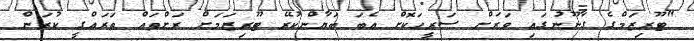
"ޓޫރިޒަމްގެ ގާނޫނުގައި ވަރަށް ސަރީހަކޮށް އެބަ ބަޔާންކުރޭ ޓޫރިޒަމަށް ރަށްތައް ތަރައްގީ ކުރަން